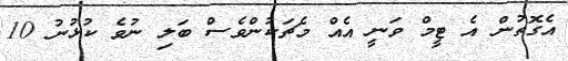
އެގޮތުން އެ ޓީމް ވަނީ އެއް މެޗަކުންވެސް ބަލި ނުވެ ކުޅުނު 10